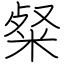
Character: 粲